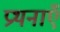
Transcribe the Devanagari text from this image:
प्रथनाएँ